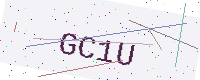
Text: GC1U